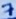
Text: 7